Leaving Certificate Examination, 1910
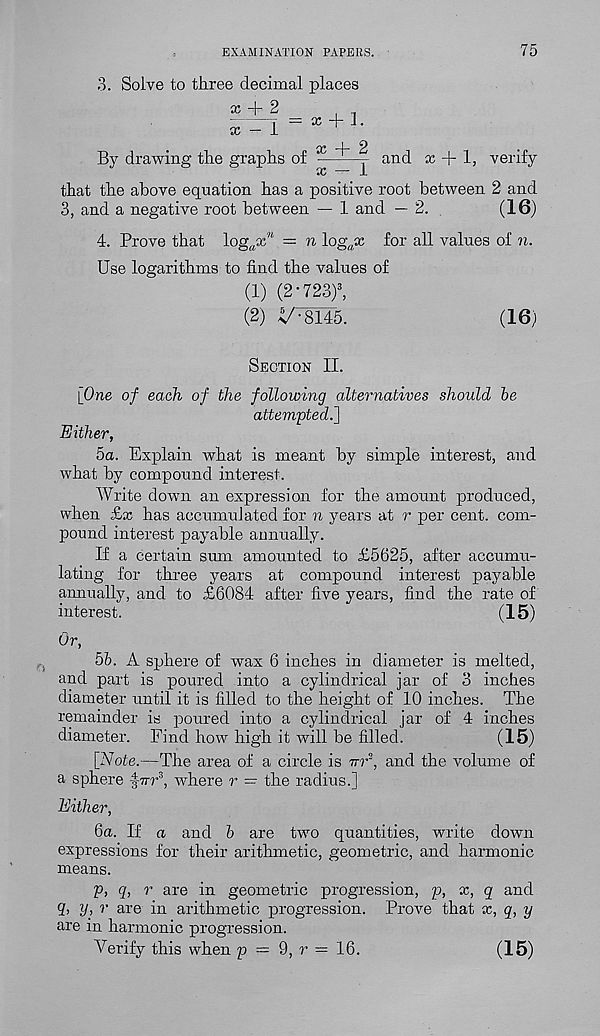
EXAMINATION PAPERS.
75
3. Solve to three decimal places
x + 2
x + J.
x — 1
By drawing the graphs of
x
— and x + 1, verify
x — 1
that the above equation has a positive root between 2 and
3, and a negative root between — 1 and — 2.
(16)
n \og a x for all values of n.
4. Prove that log B x w
Use logarithms to find the values of
(1) (2‘723) 3 ,
(2) V-8145.
(16)
Section II.
[One of each of the following alternatives should be
attempted^]
Either,
5a. Explain what is meant by simple interest, and
what by compound interest.
Write down an expression for the amount produced,
when £x has accumulated for n years at r per cent, com-
pound interest payable annually.
If a certain sum amounted to £5625, after accumu-
lating for three years at compound interest payable
annually, and to £6084 after five years, find the rate of
interest.
(15)
Or,
hb. A sphere of wax 6 inches in diameter is melted,
and part is poured into a cylindrical jar of 3 inches
diameter until it is filled to the height of 10 inches. The
remainder is poured into a cylindrical jar of 4 inches
diameter. Find how high it will be filled.
(15)
[Note.—The area of a circle is ttt 3 , and the volume of
a sphere |-7rr 3 , where r = the radius.]
Either,
6a. If a and b are two quantities, write down
expressions for their arithmetic, geometric, and harmonic
means.
p, q, r are in geometric progression, p, x, q and
q, y, r are in arithmetic progression. Prove that x, q, y
are in harmonic progression.
Verify this when p = 9, r = 16.
(15)